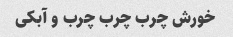
خورش چرب چرب چرب و آبکی